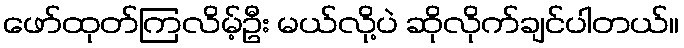
ဖော်ထုတ်ကြလိမ့်ဦး မယ်လို့ပဲ ဆိုလိုက်ချင်ပါတယ်။